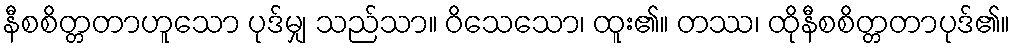
နီစစိတ္တတာဟူသော ပုဒ်မျှ သည်သာ။ ဝိသေသော၊ ထူး၏။ တဿ၊ ထိုနီစစိတ္တတာပုဒ်၏။